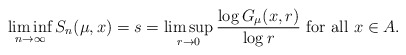
\begin{align*}\liminf_{n\to \infty} S_n(\mu,x)=s=\limsup_{r\to 0} \frac{\log G_\mu(x,r)}{\log r} \mbox{ for all $x\in A$}.\end{align*}